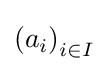
\left(a_{i}\right)_{i\in I}